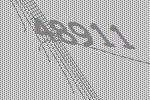
48911